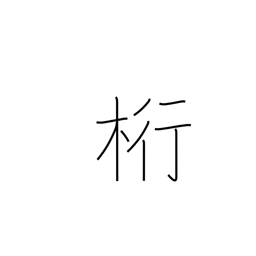
Meaning: unit or column (accounting)